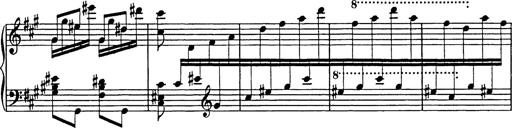
Title: Galop in A minor
Composer: Franz Liszt
Key: A minor